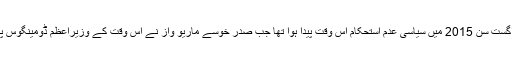
اس غریب افریقی ملک میں اگست سن 2015 میں سیاسی عدم استحکام اُس وقت پیدا ہوا تھا جب صدر خوسے ماریو واز نے اُس وقت کے وزیراعظم ڈومینگوس پریرا کو برخاست کر دیا تھا۔